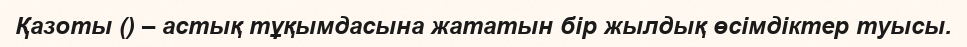
Қазоты () – астық тұқымдасына жататын бір жылдық өсімдіктер туысы.